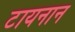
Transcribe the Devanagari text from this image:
टायनान